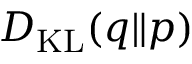
D _ { \mathrm { K L } } ( q \| p )